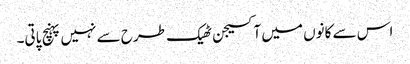
اس سے کانوں میں آکسیجن ٹھیک طرح سے نہیں پہنچ پاتی۔